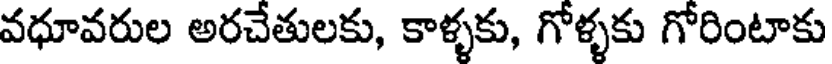
వధూవరుల అరచేతులకు, కాళ్ళకు, గోళ్ళకు గోరింటాకు